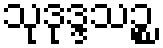
သုဒုဒ္ဒသဉ္စ